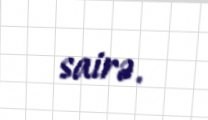
sairə.